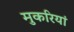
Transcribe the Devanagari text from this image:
मुकरियां